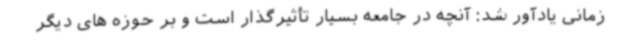
زمانی یادآور شد: آنچه در جامعه بسیار تأثیرگذار است و بر حوزه های دیگر